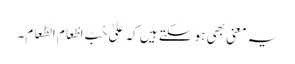
یہ معنی بھی ہو سکتے ہیں کہ عَلیٰ حُبِّ اِطْعَامِ الطَّعَامِ۔